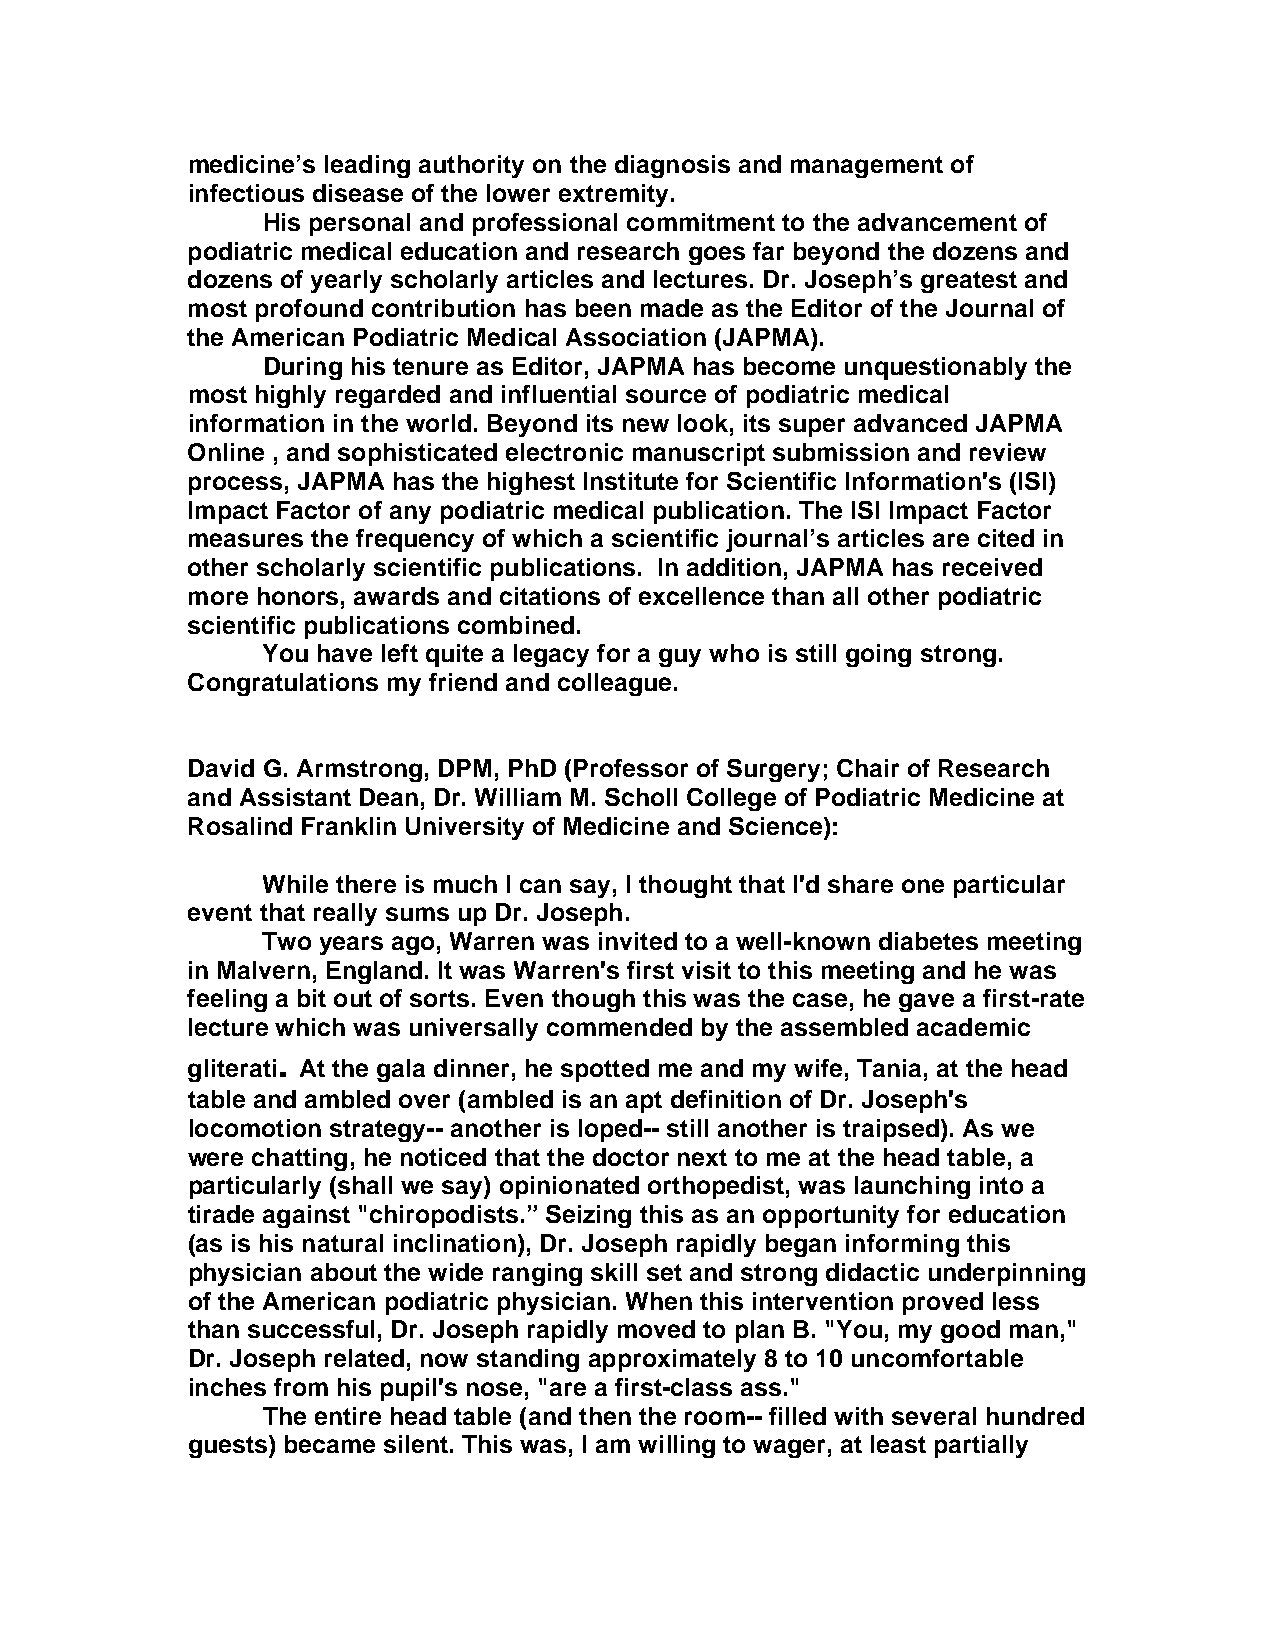
medicine’s leading authority on the diagnosis and management of
 infectious disease of the lower extremity.
 His personal and professional commitment to the advancement of
 podiatric medical education and research goes far beyond the dozens and
 dozens of yearly scholarly articles and lectures. Dr. Joseph’s greatest and
 most profound contribution has been made as the Editor of the Journal of
 the American Podiatric Medical Association (JAPMA).
 During his tenure as Editor, JAPMA has become unquestionably the
 most highly regarded and influential source of podiatric medical
 information in the world. Beyond its new look, its super advanced JAPMA
 Online , and sophisticated electronic manuscript submission and review
 process, JAPMA has the highest Institute for Scientific Information's (ISI)
 Impact Factor of any podiatric medical publication. The ISI Impact Factor
 measures the frequency of which a scientific journal’s articles are cited in
 other scholarly scientific publications. In addition, JAPMA has received
 more honors, awards and citations of excellence than all other podiatric
 scientific publications combined.
 You have left quite a legacy for a guy who is still going strong.
 Congratulations my friend and colleague.
 David G. Armstrong, DPM, PhD (Professor of Surgery; Chair of Research
 and Assistant Dean, Dr. William M. Scholl College of Podiatric Medicine at
 Rosalind Franklin University of Medicine and Science):
 While there is much I can say, I thought that I'd share one particular
 event that really sums up Dr. Joseph.
 Two years ago, Warren was invited to a well-known diabetes meeting
 in Malvern, England. It was Warren's first visit to this meeting and he was
 feeling a bit out of sorts. Even though this was the case, he gave a first-rate
 lecture which was universally commended by the assembled academic
 .
 gliterati At the gala dinner, he spotted me and my wife, Tania, at the head
 table and ambled over (ambled is an apt definition of Dr. Joseph's
 locomotion strategy-- another is loped-- still another is traipsed). As we
 were chatting, he noticed that the doctor next to me at the head table, a
 particularly (shall we say) opinionated orthopedist, was launching into a
 tirade against "chiropodists.” Seizing this as an opportunity for education
 (as is his natural inclination), Dr. Joseph rapidly began informing this
 physician about the wide ranging skill set and strong didactic underpinning
 of the American podiatric physician. When this intervention proved less
 than successful, Dr. Joseph rapidly moved to plan B. "You, my good man,"
 Dr. Joseph related, now standing approximately 8 to 10 uncomfortable
 inches from his pupil's nose, "are a first-class ass."
 The entire head table (and then the room-- filled with several hundred
 guests) became silent. This was, I am willing to wager, at least partially